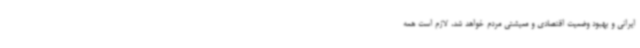
ایرانی و بهبود وضعیت اقتصادی و معیشتی مردم خواهد شد، لازم است همه